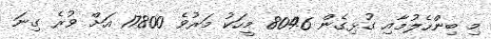
މި ބިންހެލުމާއި ގުޅިގެން 8046 މީހަކު މަރުވެ 17800 އަށް ވުރެ ގިނަ